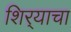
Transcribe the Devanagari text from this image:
शिर्‍याचा